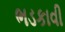
ભડકાવી